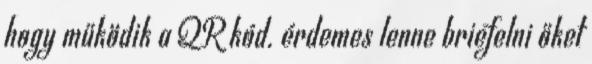
hogy működik a QR kód. érdemes lenne briefelni őket